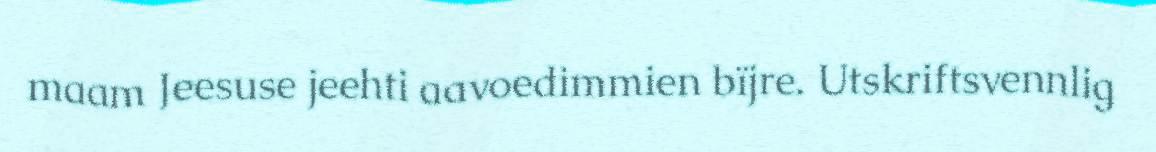
maam Jeesuse jeehti aavoedimmien bïjre. Utskriftsvennlig